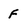
Character: f